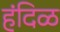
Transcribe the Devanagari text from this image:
हंदिळ